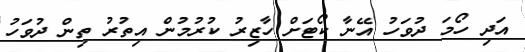
އަދި ހޯމަ ދުވަހު އޭނާ ކޯޓަށް ހާޒިރު ކުރުމުން އިތުރު ތިން ދުވަހު